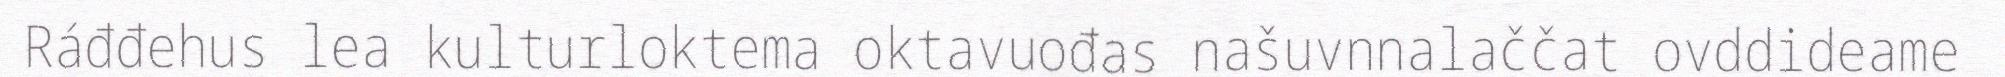
Ráđđehus lea kulturloktema oktavuođas našuvnnalaččat ovddideame